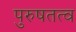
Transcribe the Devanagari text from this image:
पुरुषतत्व